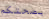
بصحتكم